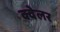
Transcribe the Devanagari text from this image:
क्वेलर